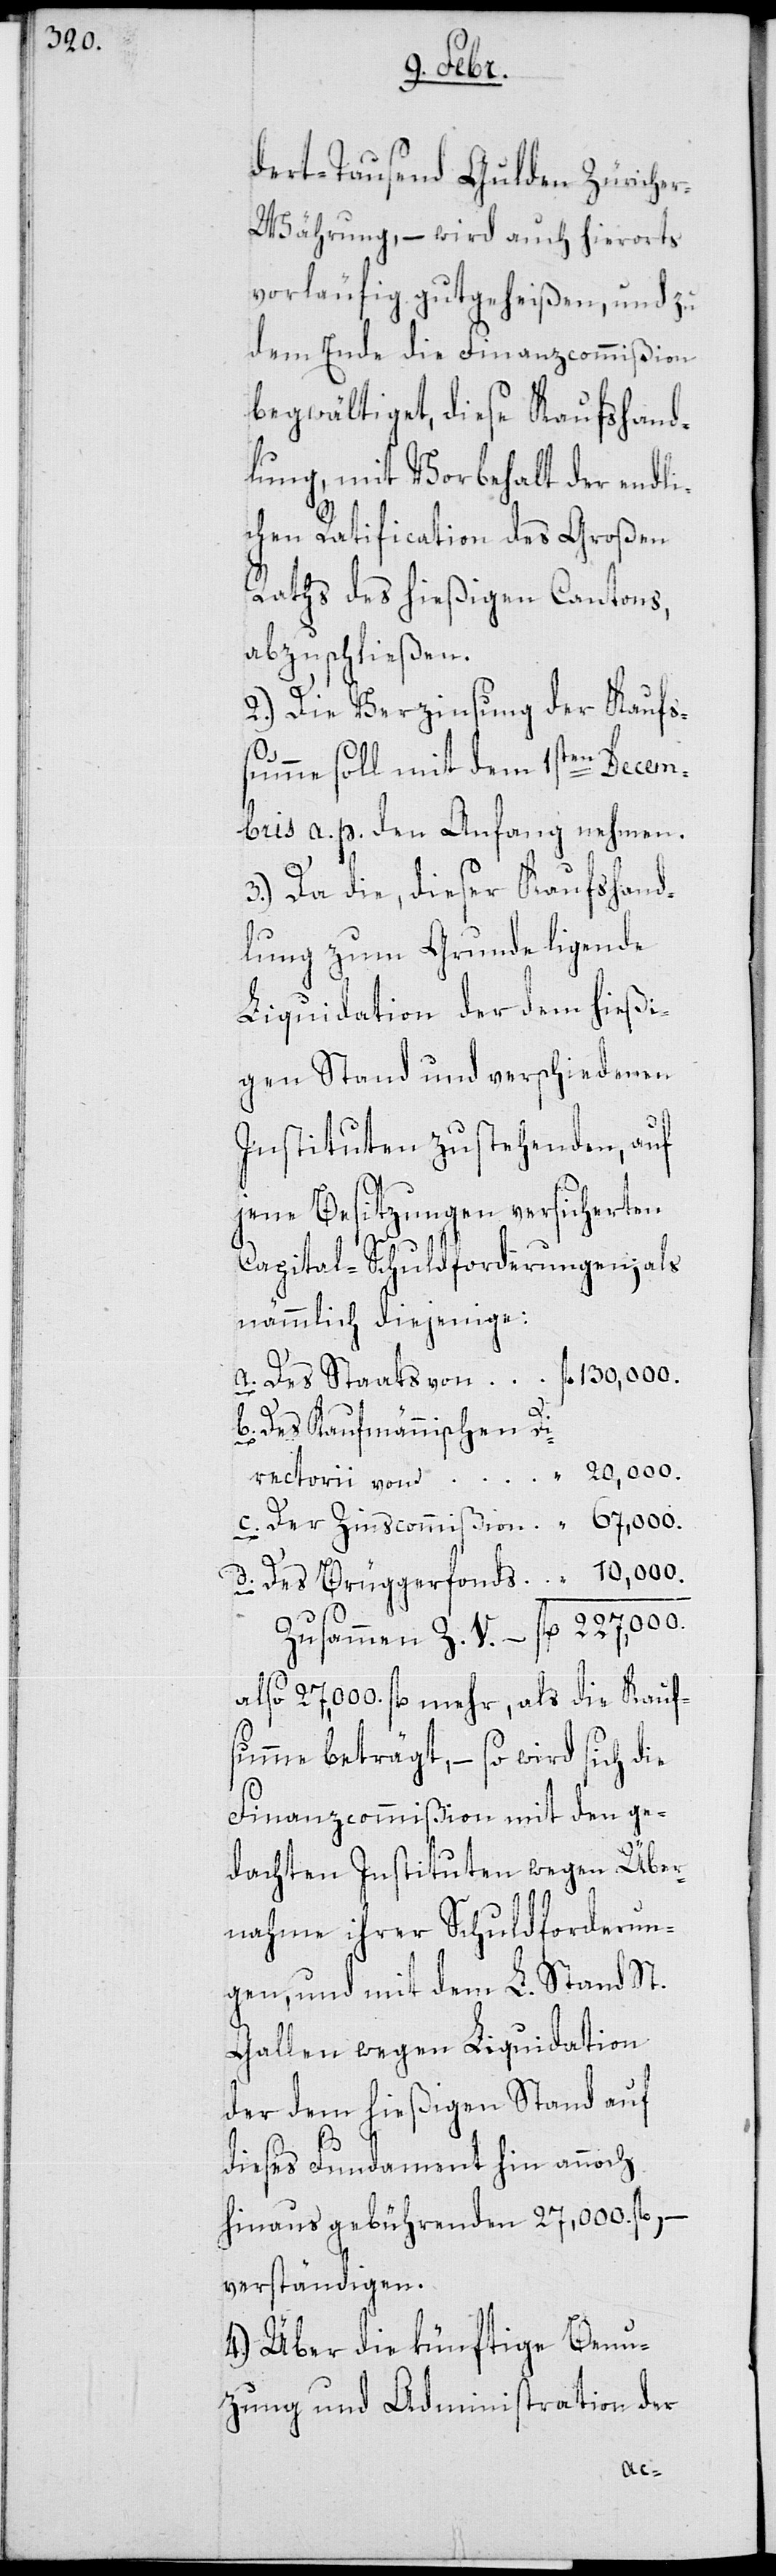
130,000.

dert-Tausend Gulden Züriche¬
r-Währung, – wird auch hierorts
vorläufig gutgeheißen, und zu
dem Ende die Finanzcommißion
begwältiget, diese Kaufshand¬
lung, mit Vorbehalt der endli¬
chen Ratification des Großen
Raths des hießigen Cantons,
abzuschließen.
2.) Die Verzinsung der Kaufs¬
V.
summe soll mit dem 1sten Decem¬
ber a. p. den Anfang nehmen.
3.) Da die, dieser Kaufshand¬
lung zum Grunde ligende
Liquidation der dem hießi¬
gen Stand und verschiedenen
Instituten zustehenden, auf
jene Besitzungen versicherten
Capital-Schuldforderungen; als
nämmlich diejenige:
b. Des Kaufmännischen Di¬
20,000.
rectorii von
also 27,000 fl. mehr, als die Kauf¬
summe beträgt, – so wird sich die
Finanzcommißion mit den ge¬
dachten Instituten wegen Über¬
nahme ihrer Schuldforderun¬
gen, und mit dem L. Stand St.
Gallen wegen Liquidation
der dem hießigen Stand auf
dieses Fundament hin annoch
hinaus gebührenden 27,000. fl., –
verständigen.
4.) Über die künftige Benu¬
zung und Administration der
fl.